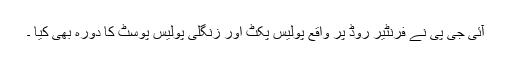
آئی جی پی نے فرنٹیر روڈ پر واقع پولیس پکٹ اور زنگلی پولیس پوسٹ کا دورہ بھی کیا ۔